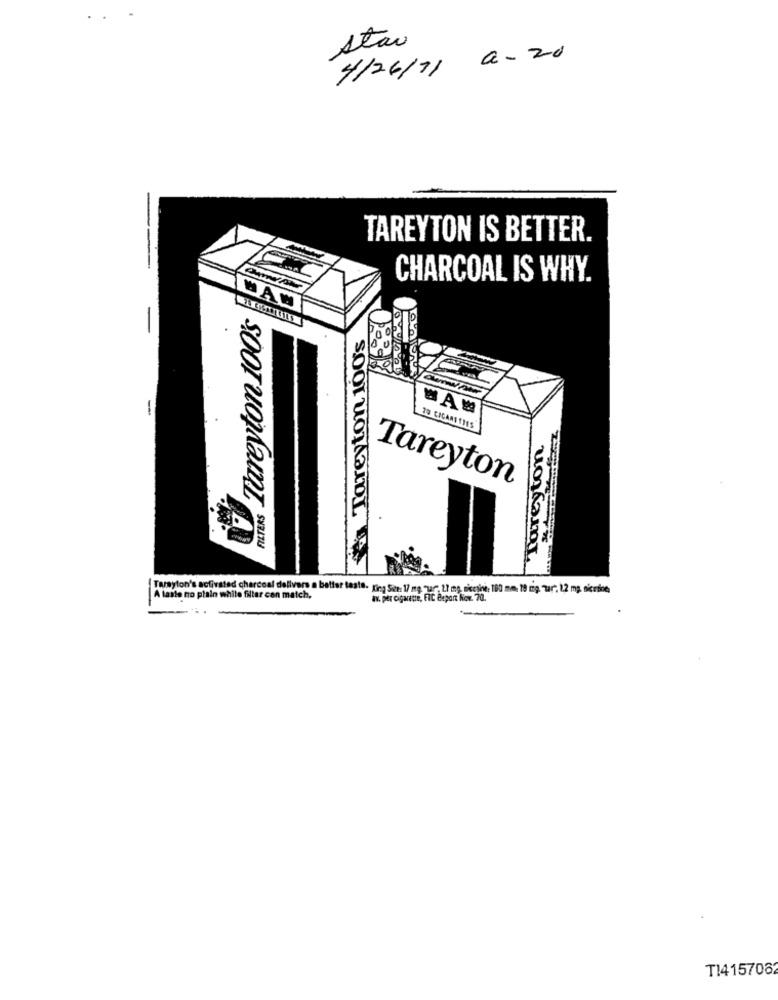
stav
4/26/71 0- 20
TAREYTON IS BETTER.
CHARCOAL IS WHY.
ta Tareyton 100's
39 CAGAMITIES
Tareyton
( Tarayton's activated charcoal delivers a better taste- King Size: 1/ mg. "Lar. 2.7 mg, nicotine: 100 mm. 19 rig. Tar". 1.2 mg. nicedine
A laste no plain white filter can match,
av. per cigarette, FIC Bepart Now. 70.
-
T14157082